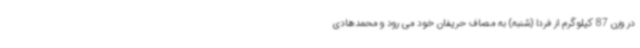
در وزن 87 کیلوگرم از فردا (شنبه) به مصاف حریفان خود می رود و محمدهادی